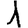
Digit: 1